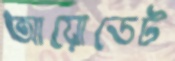
আয়োডেট